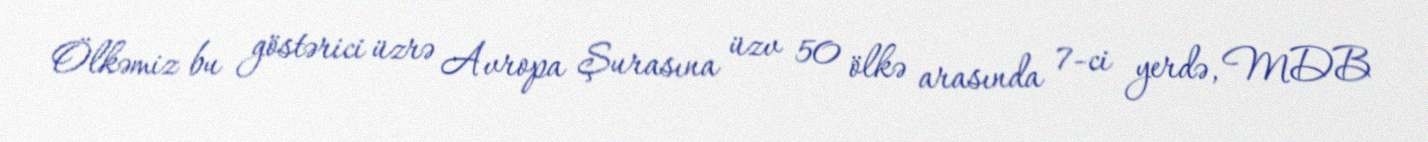
Ölkəmiz bu göstərici üzrə Avropa Şurasına üzv 50 ölkə arasında 7-ci yerdə, MDB